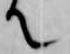
て